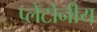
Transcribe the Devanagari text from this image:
प्लेटोनीय